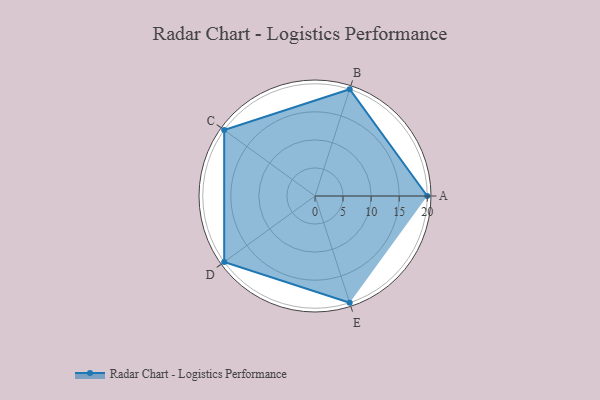
{"axis": {"x": "Skill", "y": "Score"}, "legend": ["Profile"], "data": [{"x": "A", "y": 20, "type": "Profile"}, {"x": "B", "y": 20, "type": "Profile"}, {"x": "C", "y": 20, "type": "Profile"}, {"x": "D", "y": 20, "type": "Profile"}, {"x": "E", "y": 20, "type": "Profile"}]}